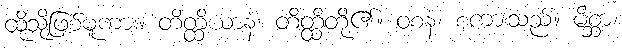
ထိုသို့ဖြစ်မူကား။ တိတ္ထိယာနံ၊ တိတ္ထိတို့၏။ ဝစနံ၊ စကားသည်။ မိစ္ဆာ၊